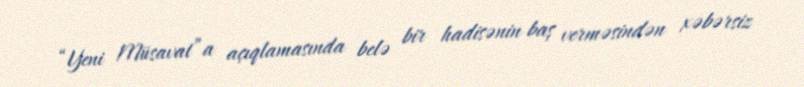
“Yeni Müsavat”a açıqlamasında belə bir hadisənin baş verməsindən xəbərsiz